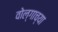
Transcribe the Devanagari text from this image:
वोल्गाच्या